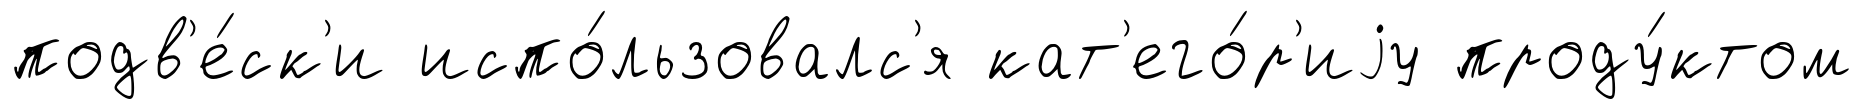
подв'е́ск'и испо́льзовалс'я кат'его́р'иjу проду́ктом